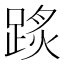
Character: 𨂂